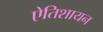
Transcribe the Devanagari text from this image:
ऐतिशायन